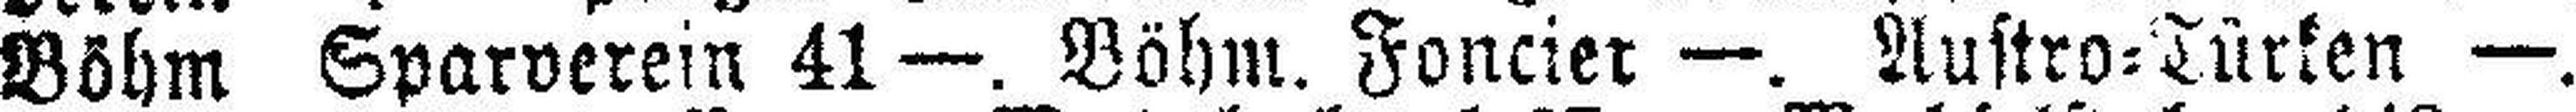
Böhm Sparverein 41 —. Böhm. Foncier —. Austro=Türken —.